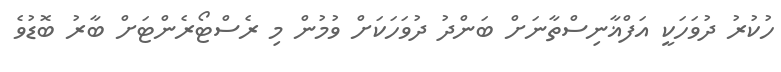
ހުކުރު ދުވަހަކީ އަފްޣާނިސްތާނަށް ބަންދު ދުވަހަކަށް ވުމުން މި ރެސްޓޯރެންޓަށް ބާރު ބޮޑުވެ